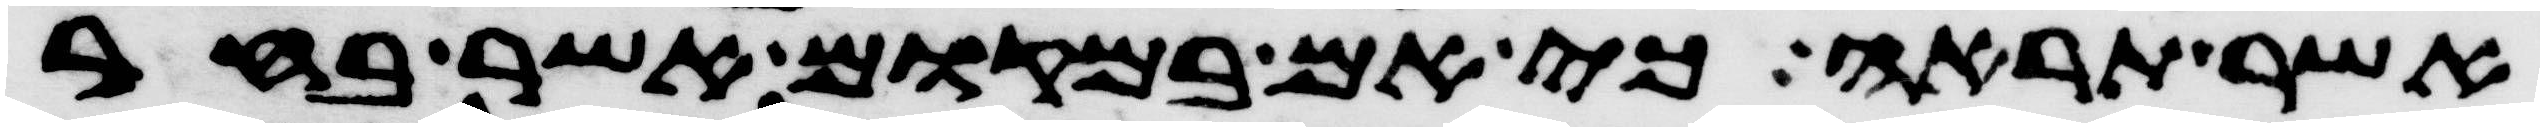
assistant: אשר תראה כי אם במקום אשר בחר